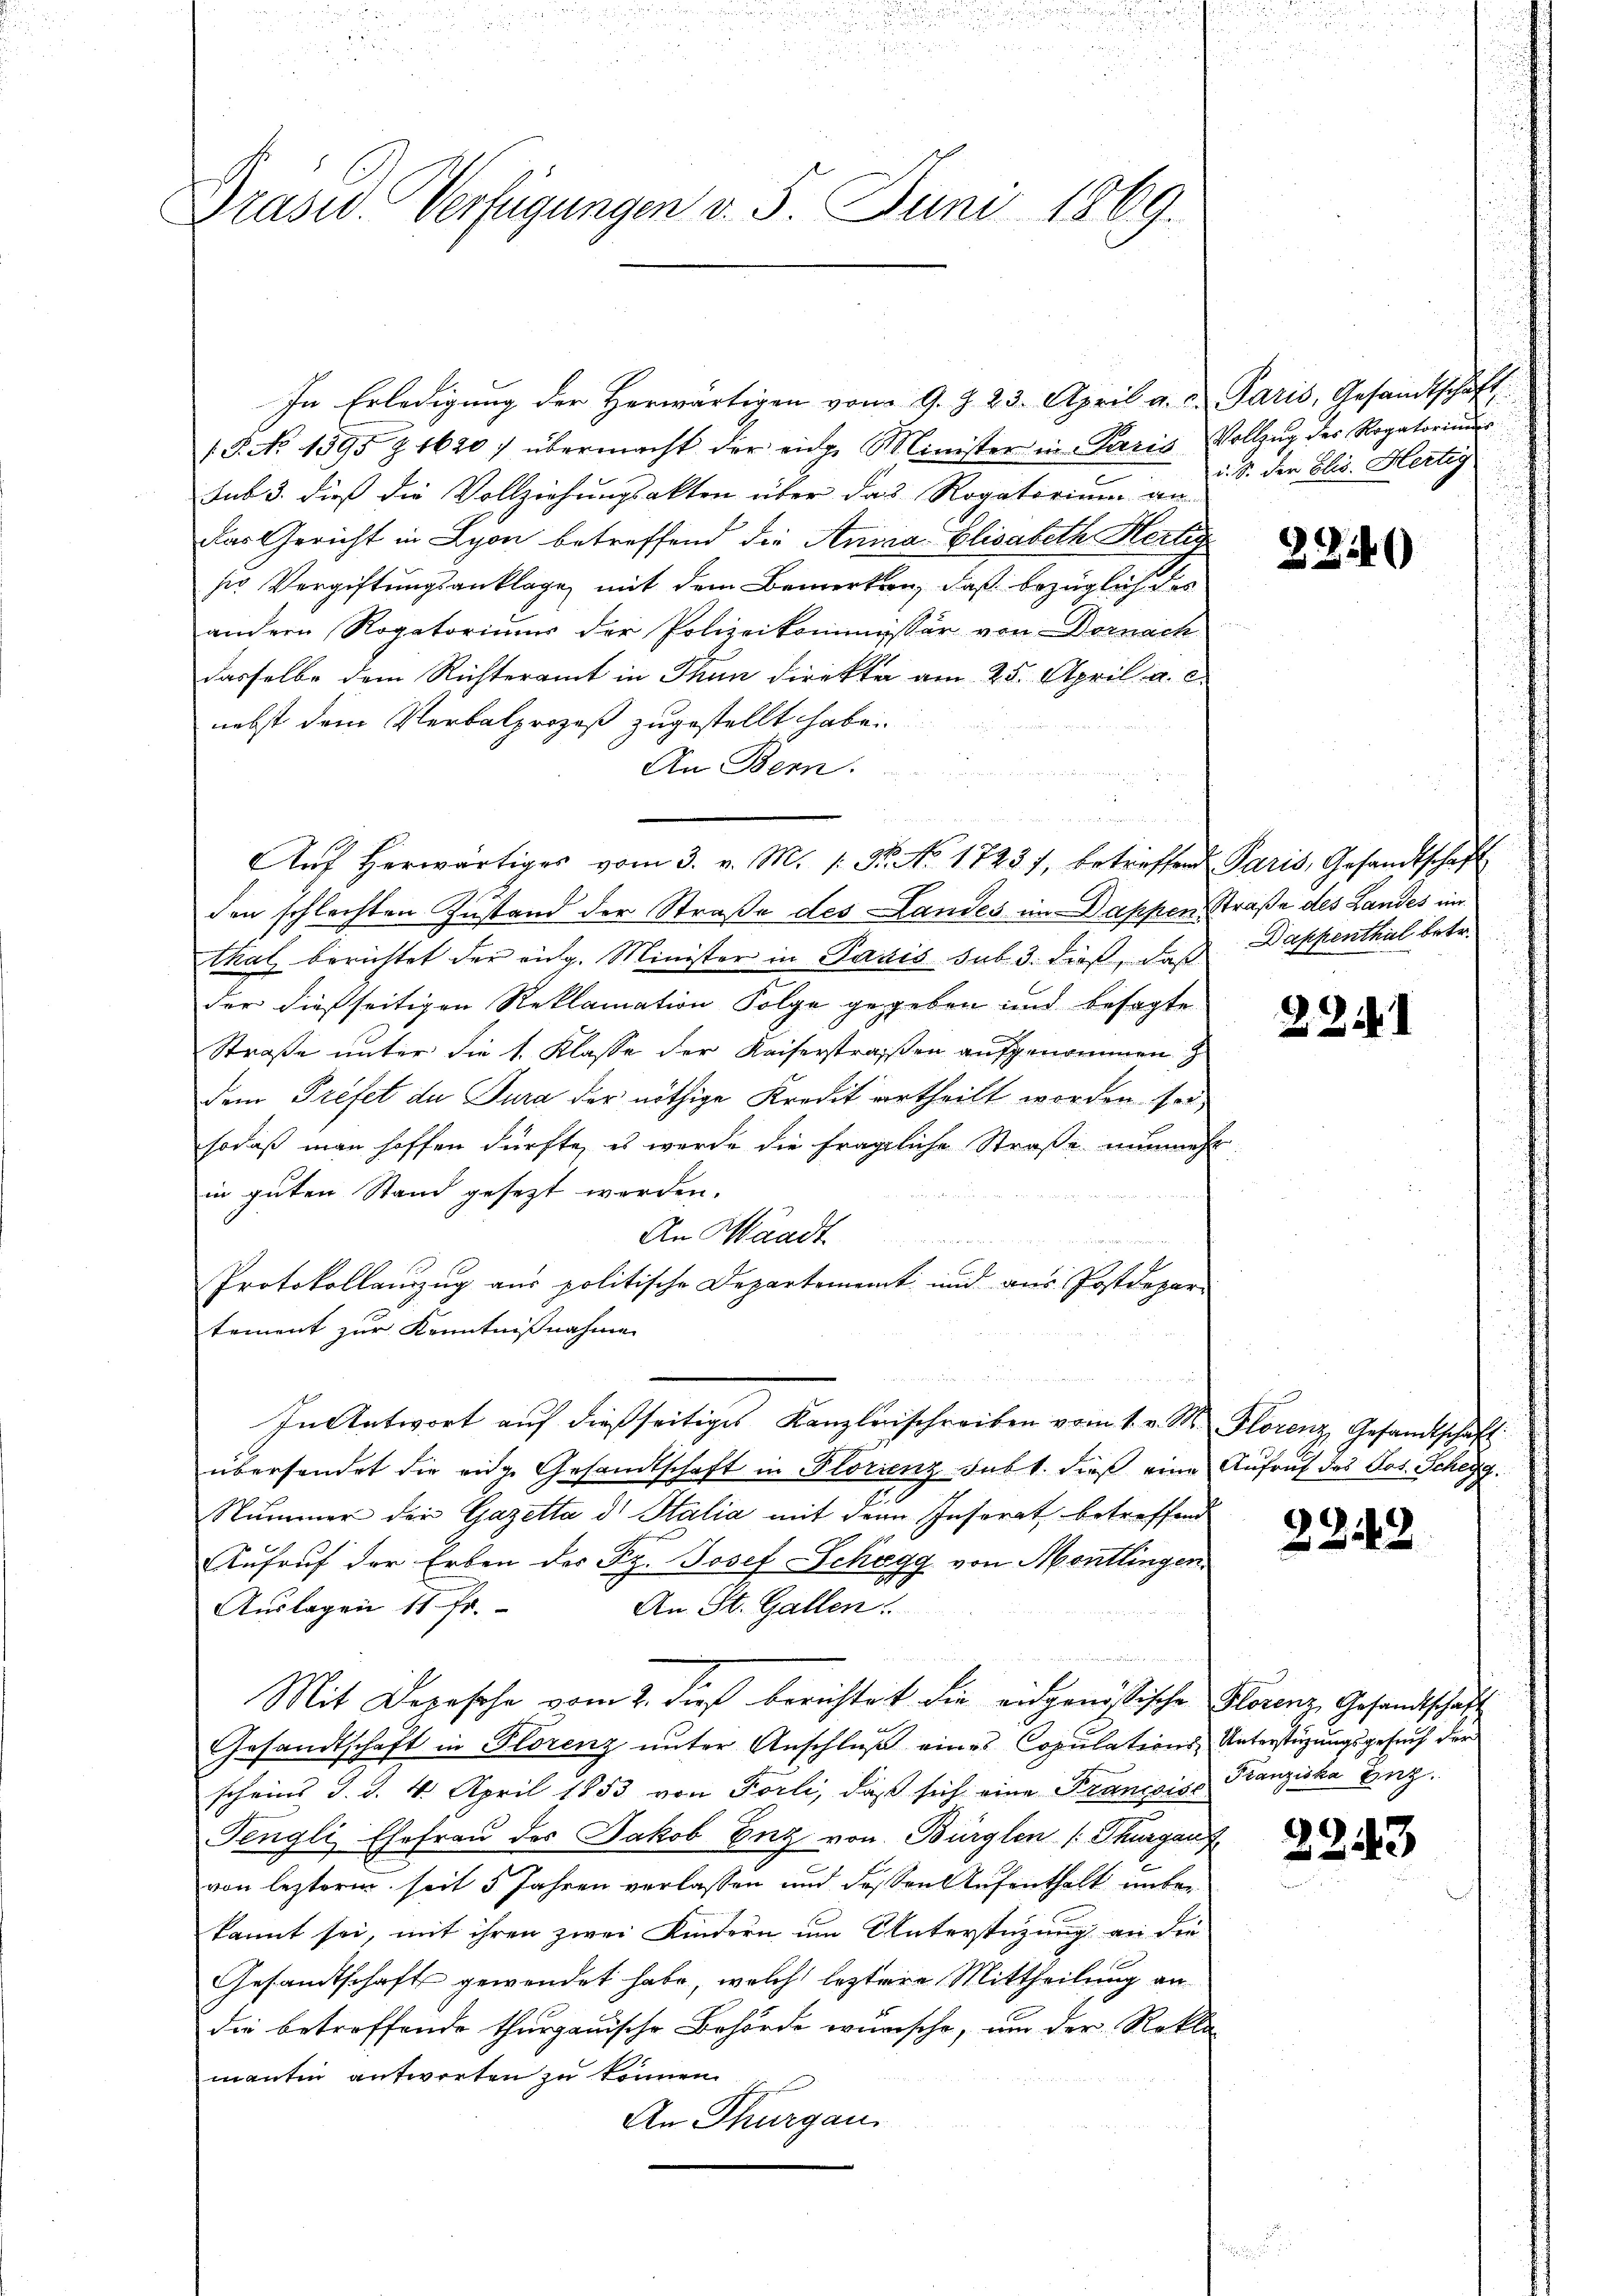
Präsid. Verfügungen v. 5. Juni 1869.

In Erledigung der Herwärtigen vom 9. J. 23. April a. u. Paris, Gesandtschaft,
/. P. No 1395 Z 1620 / übermacht der eige Minister in Paris Vollzŭg des Rogatoriums
sub 3. dieß die Vollziehungsakten über das Rogatorium an
das Gericht in Lyon betreffend die Anna Elisabeth Herlin
ser Vergiftungsanklage mit dem Bemerken, daß bezüglich des
andern Rogatoriums der Polizeikommissär von Dornach
dasselbe dem Richteramt in Thun direkte am 25. April a. c.
nebst dem Verbalprozeß zugestellt habe.
An Bern.
u
.
Aŭf herwärtiges vom 3. v. M. 1. P. No. 1723, betreffend Paris, Gesandtschaft
den schlachten Zustand der Straße des Landes im Dappen Straße des Landes in
thal berichtet der aug. Minister in Paris sub 3. dieß, daß
der dießseitigen Reklamation Folge gegeben und besagte
Straße unter die 1. Klasse der Kaiserstraßen aufgenommen z
dem Prefet du Jura der nöthige Kredit vertheilt worden sei,
sodaß man hoffen dürfte, es wurde die fragliche Straße nunmehr
in guten Stand gesezt werden.
An Waadt
Protokollauszug aus politische Departement und aus Postdepar-
tement zur Kenntnißnahme
¬
In Antwort auf dießseitiges Kanzleiischreiben vom 1. v. M. Florenz, Gesandtschaft
übersendet die eidge Gesandtschaft in Florienz Subt. dieß eine Aufruf des Jos. Schegg.
Nummer der Gazetta di Stalia mit dem Insorat betreffend
Aufruf der Erben der Sz. Josef Schagg von Mentlingen
Auslagen 11 Fr.
An St. Gallen.
d
Mit Depesche vom 2. dieß berichtet die eidgenössische Florenz Gesandtschaft
Gesandtschaft in Florenz unter Anschluß eines Copulations Unterstüzungsgesuch der
scheint d. d. 4. April 1853 von Förli, daß sich eine Françoise
Pengli Ehefrau des Jakob Enz von Bürglen (Thurgauf
von lezterm seit 5 Jahren verlassen und dessen Aufenthalt unter
kannt sei, mit ihren zwei Kindern um Unterstüzung an die
Gesandtschaft gewendet habe, welche leztere Mittheilung an
die betreffende thurgauische Behörde würsche, um der Rekla
mantin antworten zu können.
An Thurgau.

i. S. der Elis. Hertig

22540

Dappenthal betr.

u.

221

2242

Franziska Enz.

225

13